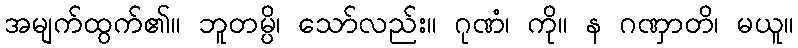
အမျက်ထွက်၏။ ဘူတမ္ပိ၊ သော်လည်း။ ဂုဏံ၊ ကို။ န ဂဏှာတိ၊ မယူ။